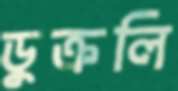
ডুক্‌রলি